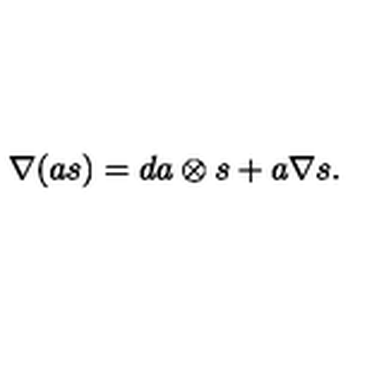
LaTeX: \nabla ( a s ) = d a \otimes s + a \nabla s .